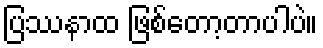
ပြဿနာထ ဖြစ်တော့တာပါပဲ။